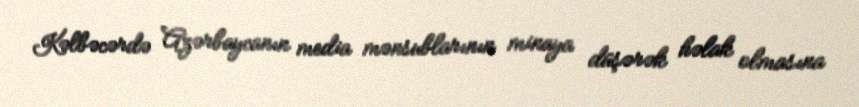
Kəlbəcərdə Azərbaycanın media mənsublarının minaya düşərək həlak olmasına